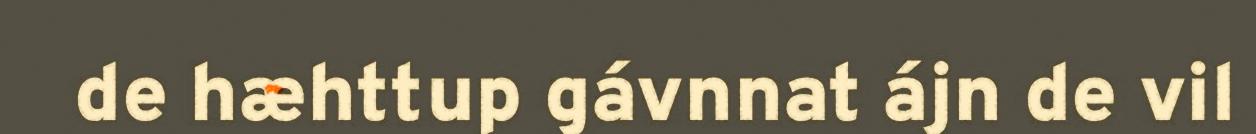
de hæhttup gávnnat ájn de vil